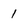
Character: 1